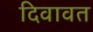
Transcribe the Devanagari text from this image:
दिवावत